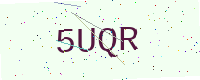
Text: 5UQR